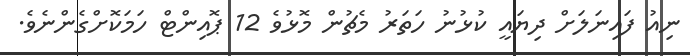
ނިއު ފައިނަލަށް ދިޔައީ ކުޅުނު ހަތަރު މެޗުން މޮޅުވެ 12 ޕޮއިންޓް ހަމަކޮށްގެންނެވެ.